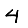
Digit: 4